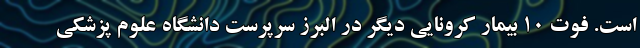
است. فوت ۱۰ بیمار کرونایی دیگر در البرز سرپرست دانشگاه علوم پزشکی